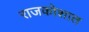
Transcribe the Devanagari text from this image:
राजकोशात